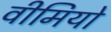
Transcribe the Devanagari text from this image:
वीमियो